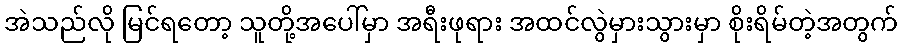
အဲသည်လို မြင်ရတော့ သူတို့အပေါ်မှာ အရီးဖုရား အထင်လွဲမှားသွားမှာ စိုးရိမ်တဲ့အတွက်